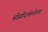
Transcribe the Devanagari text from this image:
श्रीसौंदर्यमनोरमा